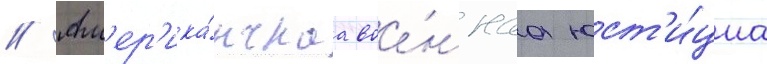
// Ам'ер'ика́нскаа вое́ннаа юст'и́циа